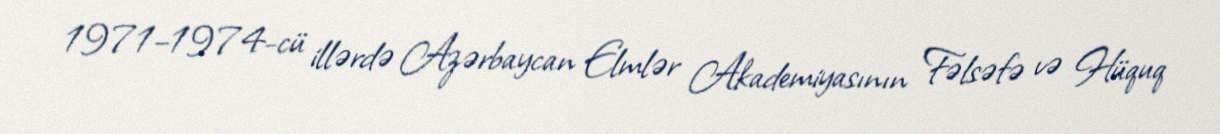
1971–1974-cü illərdə Azərbaycan Elmlər Akademiyasının Fəlsəfə və Hüquq